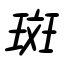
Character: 斑